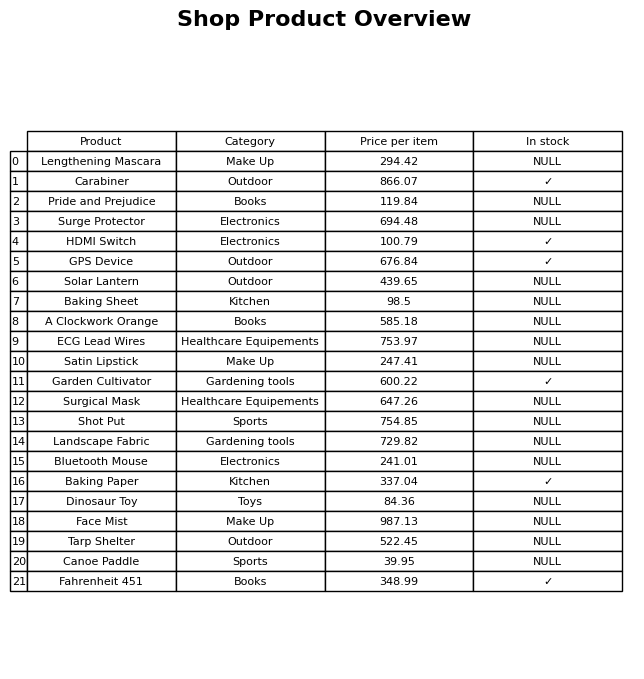
question: What is the price of the Pride and Prejudice?
answer: The price of Pride and Prejudice is 119.84.